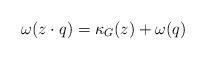
LaTeX: \begin{align*}\omega(z\cdot q)=\kappa_G(z)+\omega(q)\end{align*}